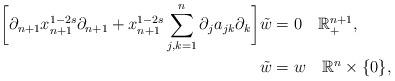
LaTeX: \begin{align*}\bigg[\partial_{n+1}x_{n+1}^{1-2s}\partial_{n+1}+x_{n+1}^{1-2s}\sum_{j,k=1}^{n}\partial_{j}a_{jk}\partial_{k}\bigg]\tilde{w} & =0\quad\mathbb{R}_{+}^{n+1},\\\tilde{w} & =w\quad\mathbb{R}^{n}\times\{0\},\end{align*}